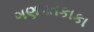
ગણપતકાકા